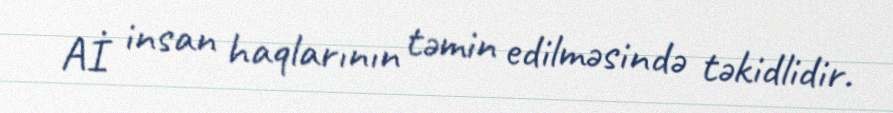
Aİ insan haqlarının təmin edilməsində təkidlidir.